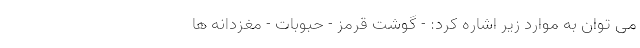
می توان به موارد زیر اشاره کرد: - گوشت قرمز - حبوبات - مغزدانه ها